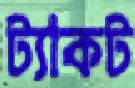
ট্যাকট